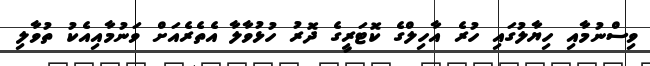
ވިސްނުމާއި ހިޔާލުގައި ހުރެ އާހިލްގެ ކޮޓަރީގެ ދޮރު ހުޅުވާލާ އެތެރެއަށް ވަނުމާއިއެކު ތުވާލި